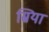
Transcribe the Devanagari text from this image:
स्रिया